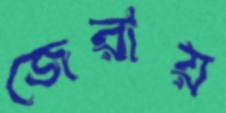
জেরায়